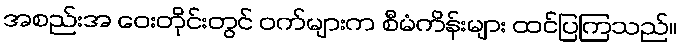
အစည်းအ ဝေးတိုင်းတွင် ဝက်များက စီမံကိန်းများ ထင်ပြကြသည်။